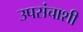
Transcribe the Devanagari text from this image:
उपसंचाशी